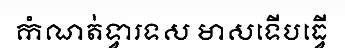
កំណត់ទ្វារទស មាសទើបធ្វើ